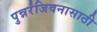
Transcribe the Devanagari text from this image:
पुन्नर्रंजिवनासाठी